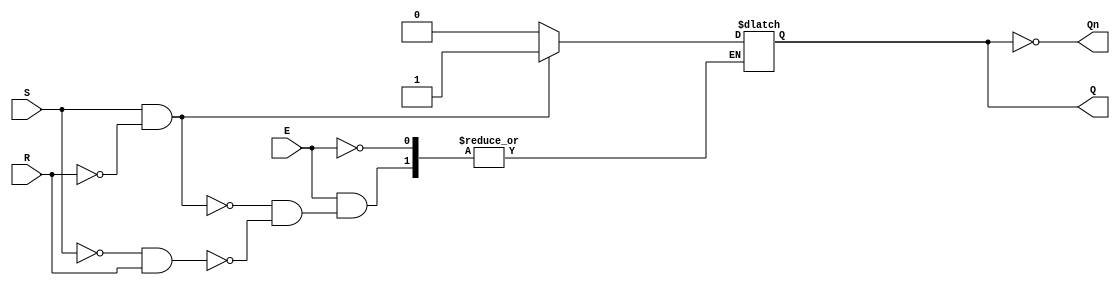
module gated_sr_latch (
    input wire S,      // Set input
    input wire R,      // Reset input
    input wire E,      // Enable input
    output reg Q,      // Primary output
    output wire Qn     // Complementary output
);

    assign Qn = ~Q;    // Complementary output

    always @(E or S or R) begin
        if (E) begin
            if (S && !R) begin
                Q <= 1'b1; // Set the latch
            end else if (!S && R) begin
                Q <= 1'b0; // Reset the latch
            end
            // If S = 0 and R = 0, Q retains its previous state
            // If S = 1 and R = 1, it is an invalid state (no change, typically ignored)
        end
        // When E = 0, Q retains its previous state (no action taken)
    end

endmodule